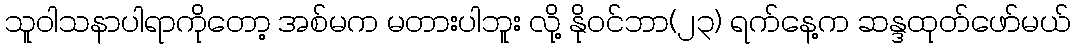
သူဝါသနာပါရာကိုတော့ အစ်မက မတားပါဘူး လို့ နိုဝင်ဘာ(၂၃) ရက်နေ့က ဆန္ဒထုတ်ဖော်မယ်